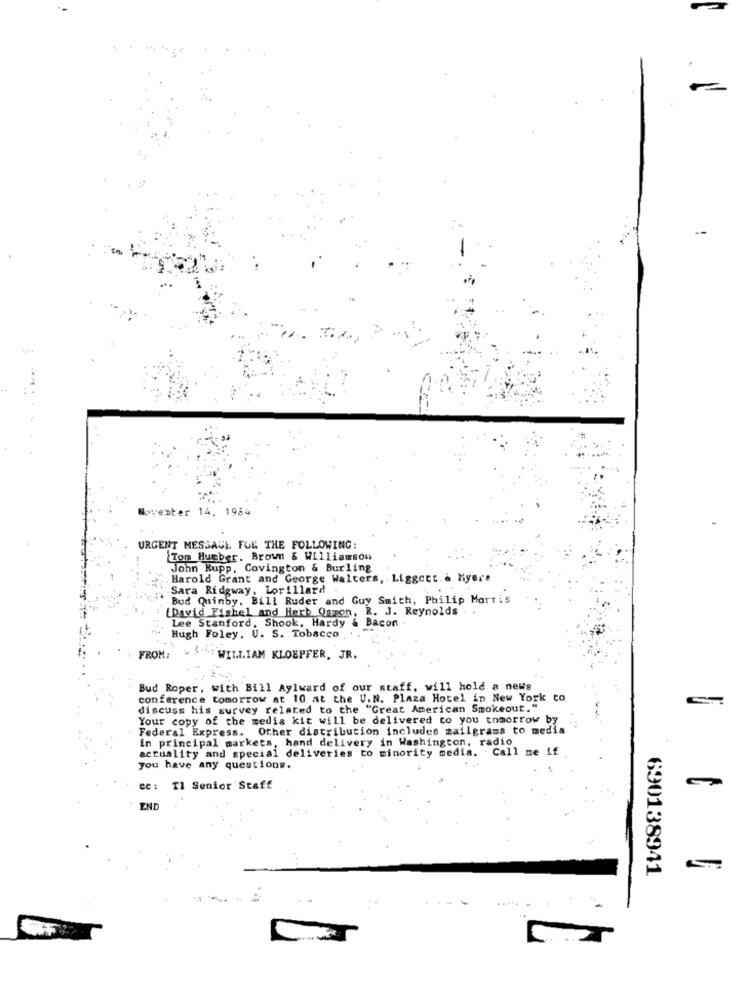
Noventer 14, 1984
URGENT MESSAGE FOR THE FOLLOWING:
Tom Hueber. Brown & Williamsou
John Rupp, Covington & Burling
Harold Grant and George Walters, Liggett. & Kyere
Sara Ridgway, Lorillard .
Bud Quinby, Bill Ruder and Guy Smith, Philip Morris
[David Fishel and Herb Qspon, R. J. Reynolds ..
Lee Stanford, Shook, Hardy
Bacon
Hugh Foley, U. S. Tobacco
FROM :
F.h: WILLIAM KLOEPFER, JR.
Bud Roper, with Bill Aylward of our staff, will hold a news
conference tomorrow at 10 at the U.N. Plaza Hotel in New York to
discuss his survey related to the "Great American Smokeout."
Your copy of the media kit will be delivered to you tomorrow by
. Federal Express. Other distribution includes mailgrams to media
in principal markets, hand delivery in Washington, radio
actuality and special deliveries to minority media. Call me if
you have any questions.
Tl Senior Staff
END
690138941